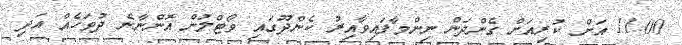
11.00 އަށް ކުރިއަށް ގެންދަން ނިންމާފައިވާއިރު ކެންދޫގައި ވޯޓްލުން އޮންނާނެ ދުވަހެއް އަދި